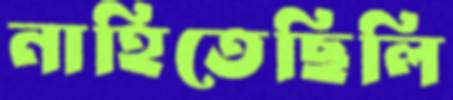
নাহিতেছিলি